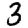
Digit: 3